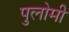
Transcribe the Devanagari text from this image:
पुलोमी